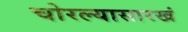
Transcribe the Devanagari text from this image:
चोरल्यासारखं